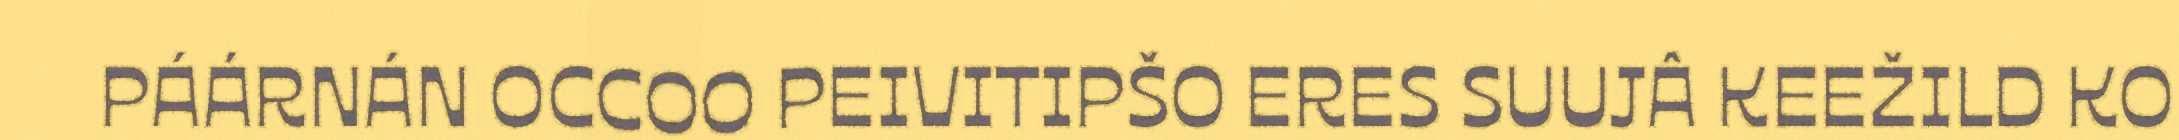
PÁÁRNÁN OCCOO PEIVITIPŠO ERES SUUJÂ KEEŽILD KO